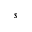
s